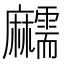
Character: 𪎱